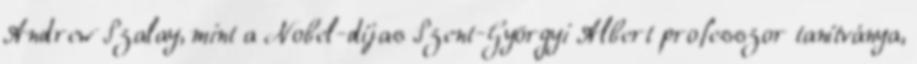
Andrew Szalay, mint a Nobel-díjas Szent-Györgyi Albert professzor tanítványa,